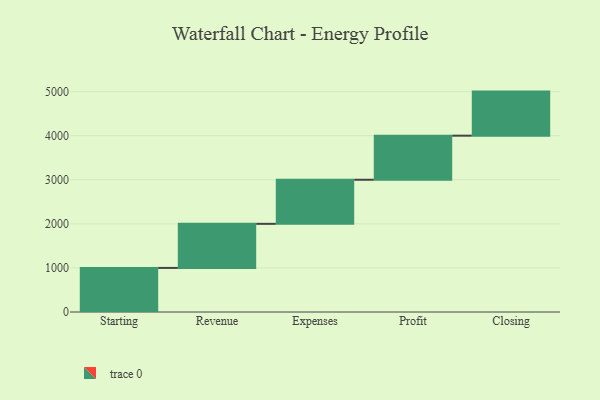
{"axis": {"x": "Step", "y": "Value"}, "legend": [""], "data": [{"x": "Starting", "y": 1000, "type": ""}, {"x": "Revenue", "y": 1000, "type": ""}, {"x": "Expenses", "y": 1000, "type": ""}, {"x": "Profit", "y": 1000, "type": ""}, {"x": "Closing", "y": 1000, "type": ""}]}